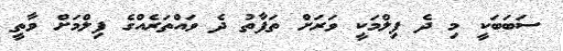
ސަބަބަކީ މި ދެ ފިލްމަކީ ވަރަށް ތަފާތު ދެ ވައްތަރެއްގެ ފިލްމަށް ވާތީ